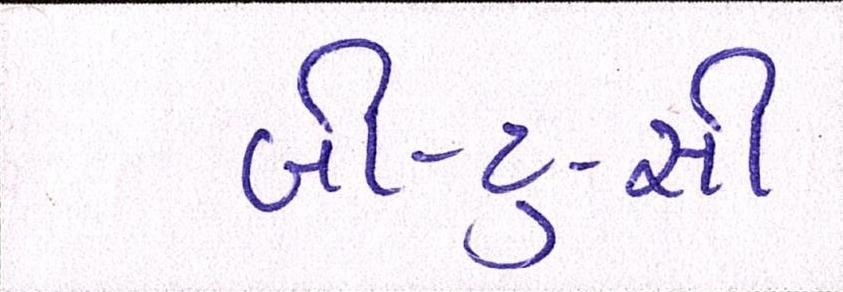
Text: બી-ટુ-સી